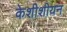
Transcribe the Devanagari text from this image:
केशीशीयन